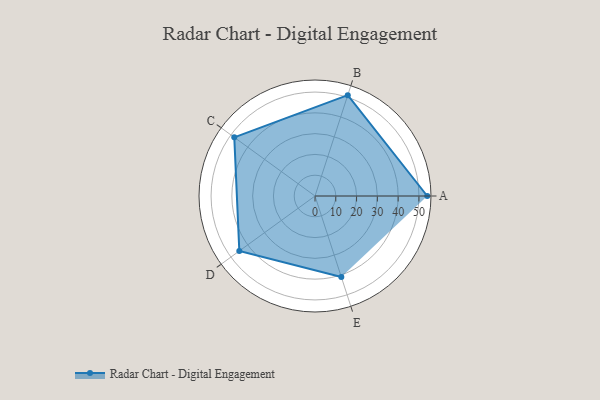
{"axis": {"x": "Skill", "y": "Score"}, "legend": ["Profile"], "data": [{"x": "A", "y": 54.0, "type": "Profile"}, {"x": "B", "y": 51.0, "type": "Profile"}, {"x": "C", "y": 48.0, "type": "Profile"}, {"x": "D", "y": 45.0, "type": "Profile"}, {"x": "E", "y": 41.0, "type": "Profile"}]}